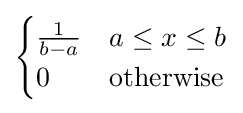
{\begin{cases}{\frac {1}{b-a}}&a\leq x\leq b\\0&\mathrm {otherwise} \end{cases}}